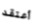
أعتقد